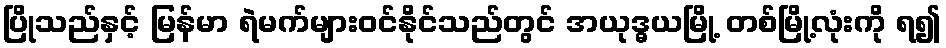
ပြိုသည်နှင့် မြန်မာ ရဲမက်များဝင်နိုင်သည်တွင် အယုဒ္ဓယမြို့ တစ်မြို့လုံးကို ရ၍